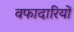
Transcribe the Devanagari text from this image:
वफादारियों